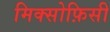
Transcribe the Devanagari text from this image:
मिक्सोफ़िसी